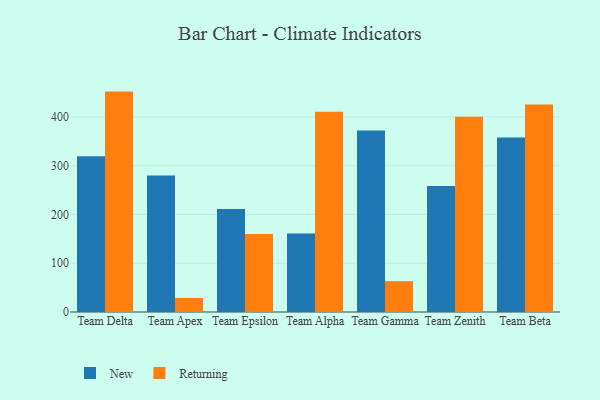
{"axis": {"x": "Team", "y": "Backlog"}, "legend": ["New", "Returning"], "data": [{"x": "Team Delta", "y": 319.6, "type": "New"}, {"x": "Team Delta", "y": 451.9, "type": "Returning"}, {"x": "Team Apex", "y": 279.7, "type": "New"}, {"x": "Team Apex", "y": 28.8, "type": "Returning"}, {"x": "Team Epsilon", "y": 211.3, "type": "New"}, {"x": "Team Epsilon", "y": 159.9, "type": "Returning"}, {"x": "Team Alpha", "y": 161.0, "type": "New"}, {"x": "Team Alpha", "y": 410.5, "type": "Returning"}, {"x": "Team Gamma", "y": 372.2, "type": "New"}, {"x": "Team Gamma", "y": 63.3, "type": "Returning"}, {"x": "Team Zenith", "y": 258.1, "type": "New"}, {"x": "Team Zenith", "y": 400.2, "type": "Returning"}, {"x": "Team Beta", "y": 357.9, "type": "New"}, {"x": "Team Beta", "y": 425.7, "type": "Returning"}]}